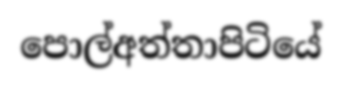
පොල්අත්තාපිටියේ